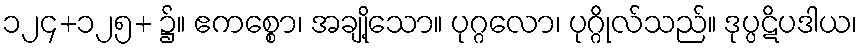
၁၂၄+၁၂၅+ ၌။ ဧကစ္စော၊ အချို့သော။ ပုဂ္ဂလော၊ ပုဂ္ဂိုလ်သည်။ ဒုပ္ပဋိပဒါယ၊